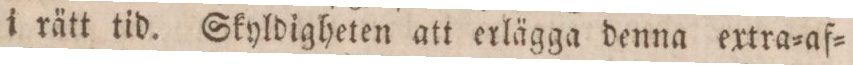
i rätt tid. Skyldigheten att erlägga denna extra=af=